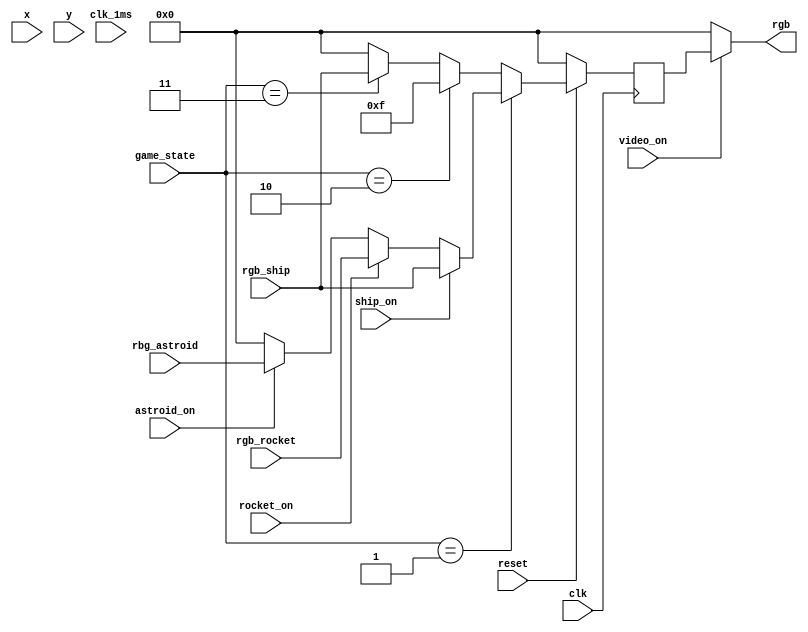
module render(
	input clk, reset,
	input [9:0] x, y,//position of point on screen
	input video_on,
	output [11:0]rgb,
	input clk_1ms,
	input ship_on, rocket_on, astroid_on, 
	input [11:0]rgb_ship,rgb_rocket, rbg_astroid,
	input [1:0] game_state
	);
	
	reg [11:0] rgb_reg;

	
	localparam H_ACTIVE	= 640; //size and boundries of screen
	localparam V_ACTIVE	= 480; 
	localparam zero		= 0;
	
	localparam X_blocksize = 50; //setting the block size of horizontal and vertical
	localparam Y_blocksize = 50;
	//poistion of center block
	reg [9:0] x_block = H_ACTIVE/2, y_block=V_ACTIVE/2;
	
	always @(posedge clk)
	begin
	if (!reset)
		rgb_reg <= 0; //black screen or default 
	else
		begin
			if (game_state == 2'b01) //playing game
			begin
				if (ship_on)
					rgb_reg <= rgb_ship; //setting color of ship
				else if (rocket_on)
					rgb_reg <= rgb_rocket; //setting color of rocket
				else if (astroid_on)
					rgb_reg <= rbg_astroid; //setting color of astroid
				else
					rgb_reg <= 12'b000000000000;//background color is black 
			end
			else if (game_state == 2'b10)    //win state
				rgb_reg <= 12'b000000001111; 
			else if (game_state == 2'b11)    //lose state
				rgb_reg <= rgb_ship;
			else rgb_reg <= 0;
		end
	end
	assign rgb = (video_on) ? rgb_reg : 8'b0; 
	
endmodule